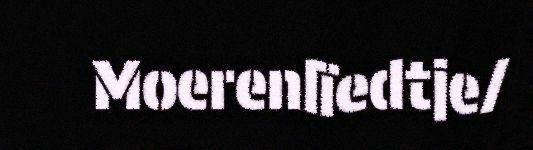
Moerenlïedtje/